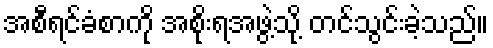
အစီရင်ခံစာကို အစိုးရအဖွဲ့သို့ တင်သွင်းခဲ့သည်။